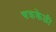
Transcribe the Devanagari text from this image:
चक्रकेळी